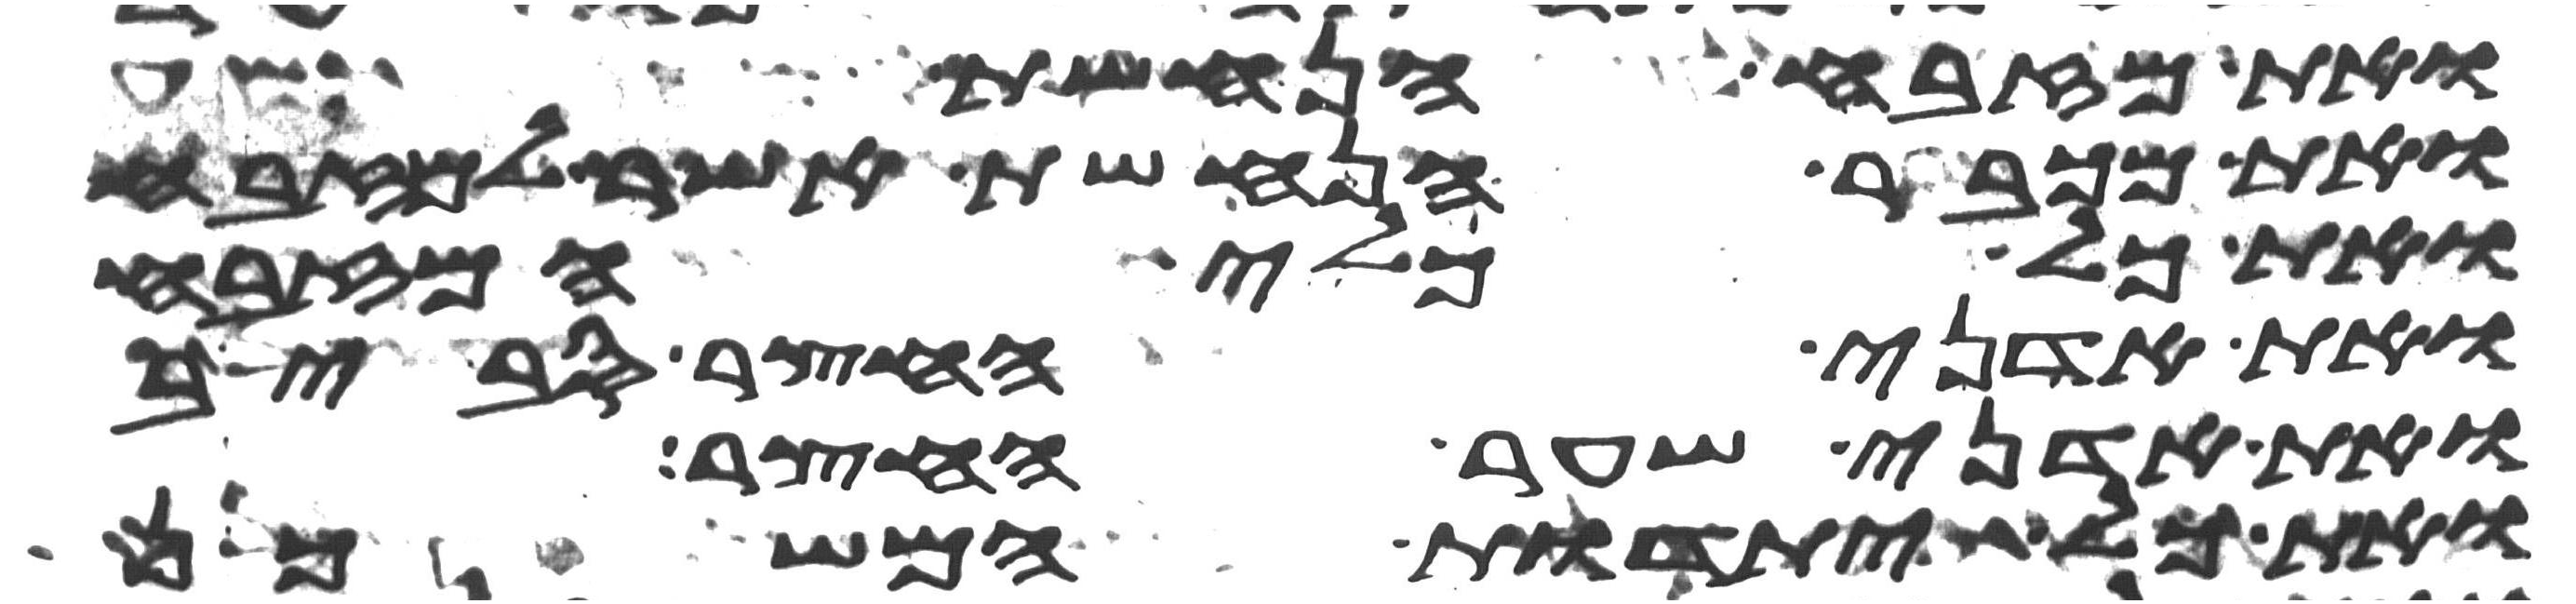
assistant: ואת מזבח הנחשת
ואת מכבר הנחשת אשר למזבח
ואת כל כלי המזבח
ואת אדני החצר סביב
ואת אדני שער החצר
ואת כל יתדות המשכן